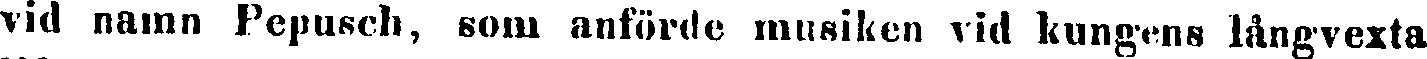
vid namn Fepusch, som anförde musiken vid kungens långvexta